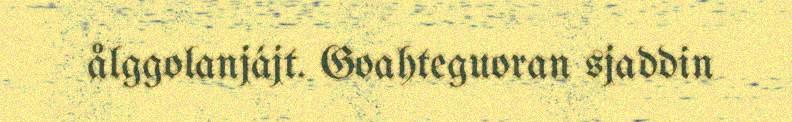
ålggolanjájt. Goahteguoran sjaddin